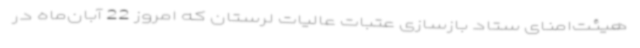
هیئت‌امنای ستاد بازسازی عتبات عالیات لرستان که امروز 22 آبان‌ماه در